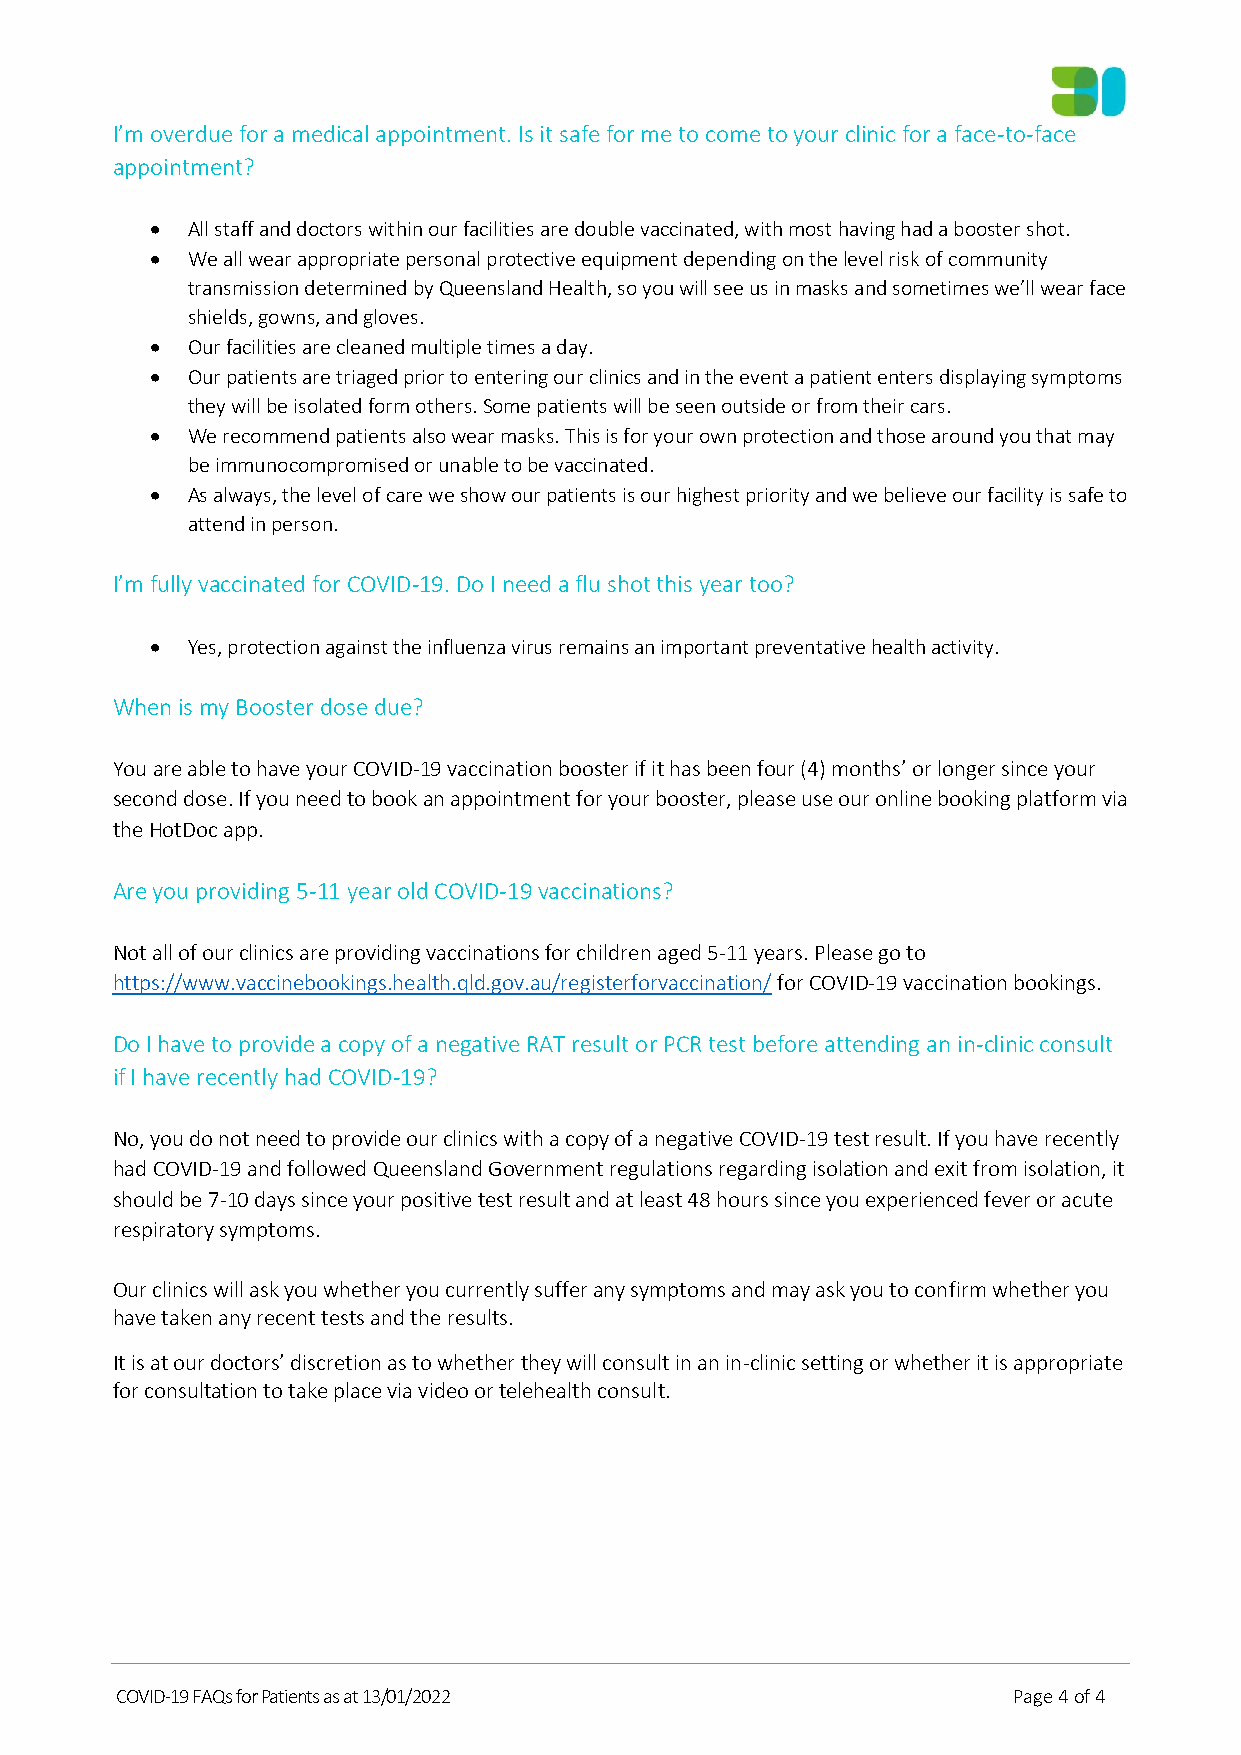
I’m overdue for a medical appointment. Is it safe for me to come to your clinic for a face-to-face
 appointment?
 • All staff and doctors within our facilities are double vaccinated, with most having had a booster shot.
 • We all wear appropriate personal protective equipment depending on the level risk of community
 transmission determined by Queensland Health, so you will see us in masks and sometimes we’ll wear face
 shields, gowns, and gloves.
 • Our facilities are cleaned multiple times a day.
 • Our patients are triaged prior to entering our clinics and in the event a patient enters displaying symptoms
 they will be isolated form others. Some patients will be seen outside or from their cars.
 • We recommend patients also wear masks. This is for your own protection and those around you that may
 be immunocompromised or unable to be vaccinated.
 • As always, the level of care we show our patients is our highest priority and we believe our facility is safe to
 attend in person.
 I’m fully vaccinated for COVID-19. Do I need a flu shot this year too?
 • Yes, protection against the influenza virus remains an important preventative health activity.
 When is my Booster dose due?
 You are able to have your COVID-19 vaccination booster if it has been four (4) months’ or longer since your
 second dose. If you need to book an appointment for your booster, please use our online booking platform via
 the HotDoc app.
 Are you providing 5-11 year old COVID-19 vaccinations?
 Not all of our clinics are providing vaccinations for children aged 5-11 years. Please go to
 https://www.vaccinebookings.health.qld.gov.au/registerforvaccination/ for COVID-19 vaccination bookings.
 Do I have to provide a copy of a negative RAT result or PCR test before attending an in-clinic consult
 if I have recently had COVID-19?
 No, you do not need to provide our clinics with a copy of a negative COVID-19 test result. If you have recently
 had COVID-19 and followed Queensland Government regulations regarding isolation and exit from isolation, it
 should be 7-10 days since your positive test result and at least 48 hours since you experienced fever or acute
 respiratory symptoms.
 Our clinics will ask you whether you currently suffer any symptoms and may ask you to confirm whether you
 have taken any recent tests and the results.
 It is at our doctors’ discretion as to whether they will consult in an in-clinic setting or whether it is appropriate
 for consultation to take place via video or telehealth consult.
 COVID-19 FAQs for Patients as at 13/01/2022                Page 4 of 4